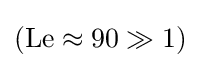
(\mathrm {Le} \approx 90\gg 1)